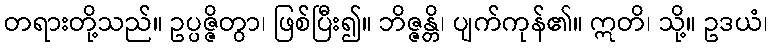
တရားတို့သည်။ ဥပ္ပဇ္ဇိတွာ၊ ဖြစ်ပြီး၍။ ဘိဇ္ဇန္တိ၊ ပျက်ကုန်၏။ ဣတိ၊ သို့။ ဥဒယံ၊